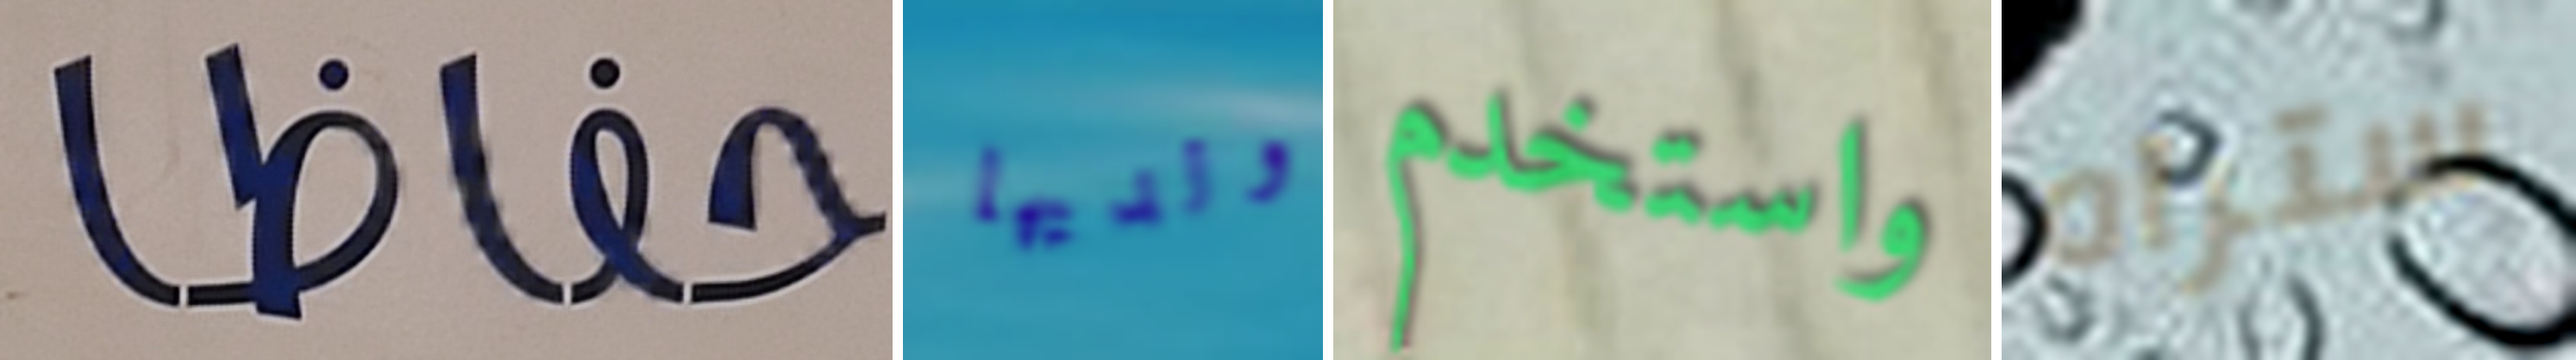
حفاظا ولديها واستخدم ستراه